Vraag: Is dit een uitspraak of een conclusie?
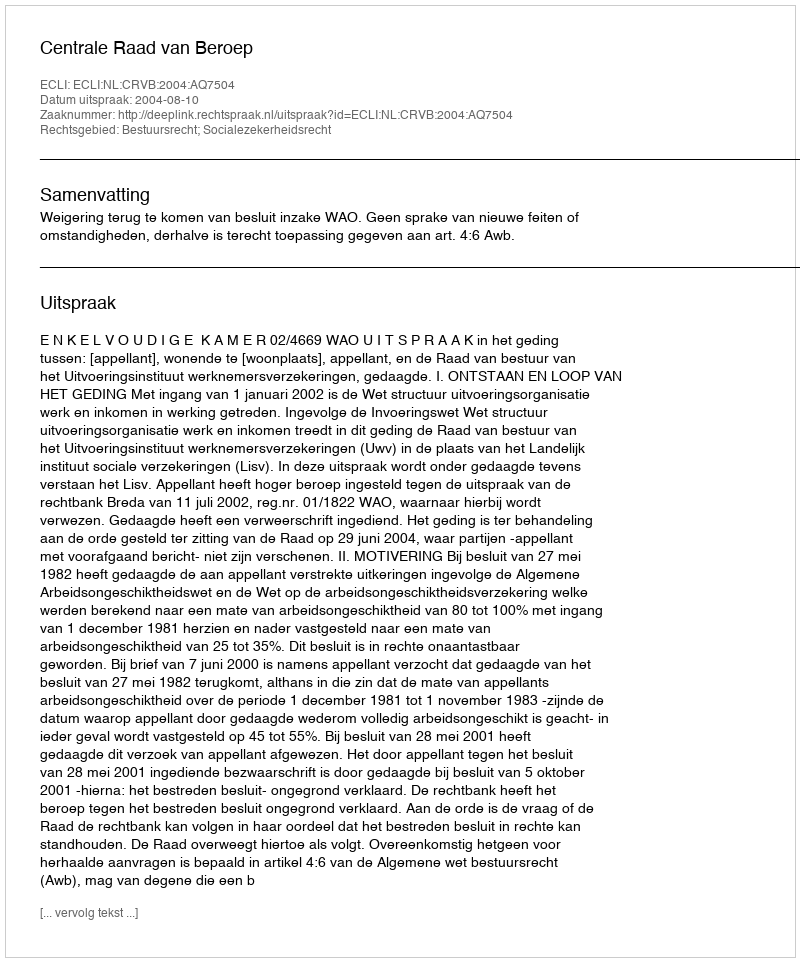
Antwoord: Uitspraak